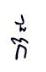
ក៏